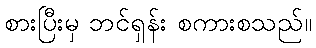
စားပြီးမှ ဘင်ရှန်း စကားစသည်။